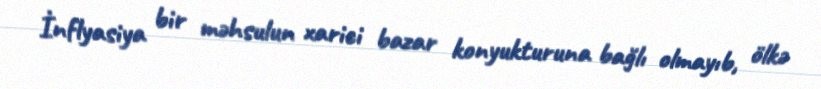
İnflyasiya bir məhsulun xarici bazar konyukturuna bağlı olmayıb, ölkə